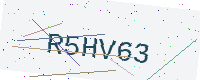
Text: R5HV63